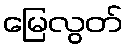
မြေလွတ်